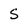
Character: S